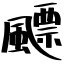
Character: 飃